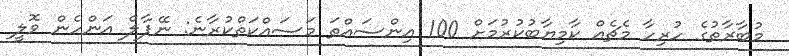
މުބާރާތުގެ ހުރިހާ މެޗެއް ކާމިޔާބުކުރުމަށް 100 އިންސައްތަ މަސައްކަތްކުރާނެ: ނޭޕާލް އަންހެން ވޮލީ